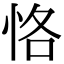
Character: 恪